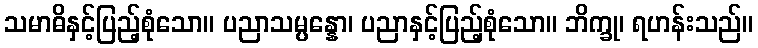
သမာဓိနှင့်ပြည့်စုံသော။ ပညာသမ္ပန္နော၊ ပညာနှင့်ပြည့်စုံသော။ ဘိက္ခု၊ ရဟန်းသည်။